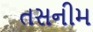
તસનીમ